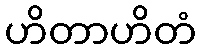
ဟိတာဟိတံ